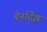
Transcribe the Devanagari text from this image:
बेर्नार्देझ